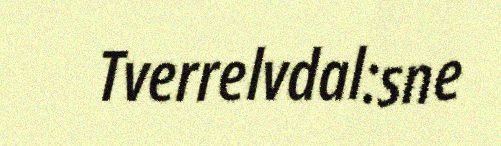
Tverrelvdal:sne